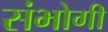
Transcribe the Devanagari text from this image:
संभोगी